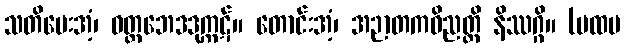
သတိပေးအံ့၊ ဝတ္တဘေဒဒုက္ကဋ်။ တောင်းအံ့၊ အဉာတကဝိညတ္တိ နိဿဂ္ဂိ။ (ပထမ